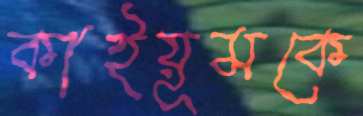
কাইয়ূমকে